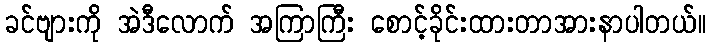
ခင်ဗျားကို အဲဒီလောက် အကြာကြီး စောင့်ခိုင်းထားတာအားနာပါတယ်။